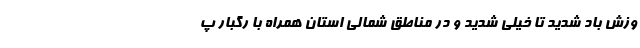
وزش باد شدید تا خیلی شدید و در مناطق شمالی استان همراه با رگبار پ